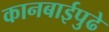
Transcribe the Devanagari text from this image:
कानबाईपुढे